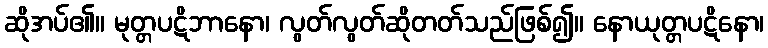
ဆိုအပ်၏။ မုတ္တပဋိဘာနော၊ လွတ်လွတ်ဆိုတတ်သည်ဖြစ်၍။ နောယုတ္တပဋိနော၊